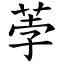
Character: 荸